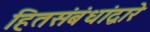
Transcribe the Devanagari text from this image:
हितसंबंधांद्वारे